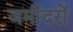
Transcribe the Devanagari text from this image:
जमींदरों